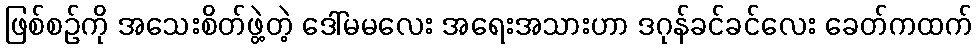
ဖြစ်စဉ်ကို အသေးစိတ်ဖွဲ့တဲ့ ဒေါ်မမလေး အရေးအသားဟာ ဒဂုန်ခင်ခင်လေး ခေတ်ကထက်